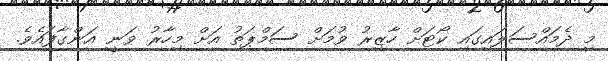
މި ދެމައްސަލައިގައި ކޯޓަށް ހާޒިރު ވުމަށް ސަމްޕަތު އަށް މިހާރު ވަނީ އަންގާފައެވެ.